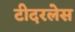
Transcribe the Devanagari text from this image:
टीदरलेस